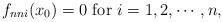
LaTeX: \begin{align*}f_{nni}(x_0)=0\ \mbox{for}\ i=1,2,\cdots,n,\end{align*}